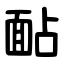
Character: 䩇